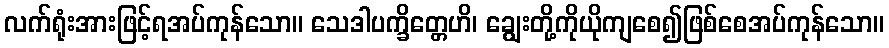
လက်ရုံးအားဖြင့်ရအပ်ကုန်သော။ သေဒါပက္ခိတ္တေဟိ၊ ချွေးတို့ကိုယိုကျစေ၍ဖြစ်စေအပ်ကုန်သော။